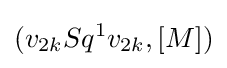
(v_{2k}Sq^{1}v_{2k},[M])